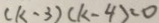
( k - 3 ) ( k - 4 ) < 0